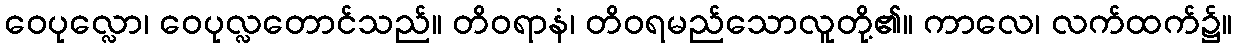
ဝေပုလ္လော၊ ဝေပုလ္လတောင်သည်။ တိဝရာနံ၊ တိဝရမည်သောလူတို့၏။ ကာလေ၊ လက်ထက်၌။